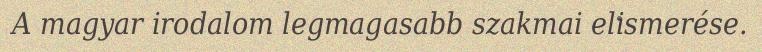
A magyar irodalom legmagasabb szakmai elismerése.